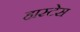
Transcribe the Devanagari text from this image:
हास्टेस